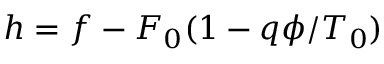
h = f - F _ { 0 } ( 1 - q \phi / T _ { 0 } )